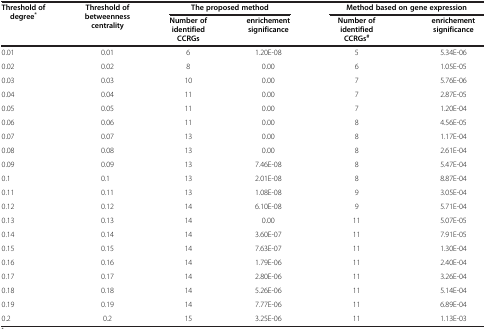
| <ROWSPAN=2> Threshold of degree* | <ROWSPAN=2> Threshold of betweenness centrality | <COLSPAN=2> The proposed method | <COLSPAN=2> Method based on gene expression |
 | Number of identified CCRGs | enrichement significance | Number of identified CCRGs# | enrichement significance |
 | --- | --- | --- | --- | --- | --- |
 | 0.01 | 0.01 | 6 | 1.20E-08 | 5 | 5.34E-06 |
 | 0.02 | 0.02 | 8 | 0.00 | 6 | 1.05E-05 |
 | 0.03 | 0.03 | 10 | 0.00 | 7 | 5.76E-06 |
 | 0.04 | 0.04 | 11 | 0.00 | 7 | 2.87E-05 |
 | 0.05 | 0.05 | 11 | 0.00 | 7 | 1.20E-04 |
 | 0.06 | 0.06 | 11 | 0.00 | 8 | 4.56E-05 |
 | 0.07 | 0.07 | 13 | 0.00 | 8 | 1.17E-04 |
 | 0.08 | 0.08 | 13 | 0.00 | 8 | 2.61E-04 |
 | 0.09 | 0.09 | 13 | 7.46E-08 | 8 | 5.47E-04 |
 | 0.1 | 0.1 | 13 | 2.01E-08 | 8 | 8.87E-04 |
 | 0.11 | 0.11 | 13 | 1.08E-08 | 9 | 3.05E-04 |
 | 0.12 | 0.12 | 14 | 6.10E-08 | 9 | 5.71E-04 |
 | 0.13 | 0.13 | 14 | 0.00 | 11 | 5.07E-05 |
 | 0.14 | 0.14 | 14 | 3.60E-07 | 11 | 7.91E-05 |
 | 0.15 | 0.15 | 14 | 7.63E-07 | 11 | 1.30E-04 |
 | 0.16 | 0.16 | 14 | 1.79E-06 | 11 | 2.40E-04 |
 | 0.17 | 0.17 | 14 | 2.80E-06 | 11 | 3.26E-04 |
 | 0.18 | 0.18 | 14 | 5.26E-06 | 11 | 5.14E-04 |
 | 0.19 | 0.19 | 14 | 7.77E-06 | 11 | 6.89E-04 |
 | 0.2 | 0.2 | 15 | 3.25E-06 | 11 | 1.13E-03 |